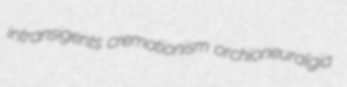
intransigents cremationism orchioneuralgia